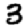
Digit: 3